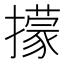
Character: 㩚